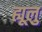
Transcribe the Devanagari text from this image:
ह्यूलु